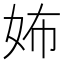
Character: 㚴